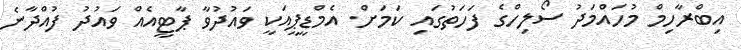
އިބްރާހިމް މުހައްމަދު ސޯލިހްގެ ފަހަތުގައި ކަމަށް. އެމްޑީޕީއަކީ ވައުދުވާ ޕާޓީއެއް ވައުދު ފުއްދާނެ